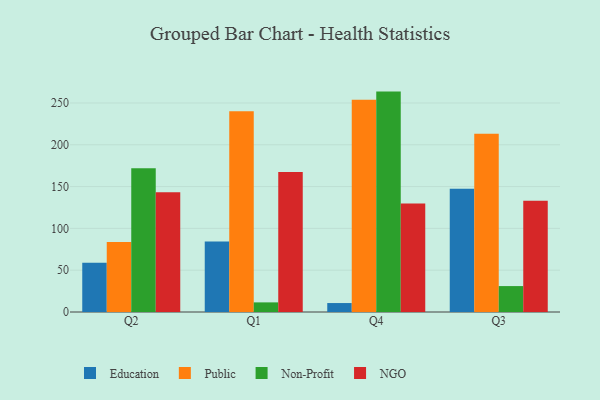
{"axis": {"x": "Quarter", "y": "Temperature (°C)"}, "legend": ["Education", "NGO", "Non-Profit", "Public"], "data": [{"x": "Q2", "y": 59.0, "type": "Education"}, {"x": "Q2", "y": 83.8, "type": "Public"}, {"x": "Q2", "y": 171.9, "type": "Non-Profit"}, {"x": "Q2", "y": 143.1, "type": "NGO"}, {"x": "Q1", "y": 84.4, "type": "Education"}, {"x": "Q1", "y": 240.2, "type": "Public"}, {"x": "Q1", "y": 11.5, "type": "Non-Profit"}, {"x": "Q1", "y": 167.4, "type": "NGO"}, {"x": "Q4", "y": 10.7, "type": "Education"}, {"x": "Q4", "y": 253.8, "type": "Public"}, {"x": "Q4", "y": 263.6, "type": "Non-Profit"}, {"x": "Q4", "y": 129.8, "type": "NGO"}, {"x": "Q3", "y": 147.4, "type": "Education"}, {"x": "Q3", "y": 213.1, "type": "Public"}, {"x": "Q3", "y": 31.0, "type": "Non-Profit"}, {"x": "Q3", "y": 133.2, "type": "NGO"}]}